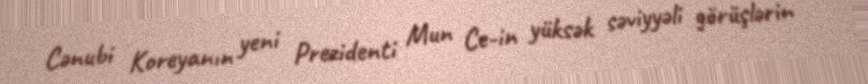
Cənubi Koreyanın yeni Prezidenti Mun Ce-in yüksək səviyyəli görüşlərin